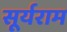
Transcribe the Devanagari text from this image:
सूर्यराम